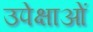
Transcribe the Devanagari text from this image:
उपेक्षाओं